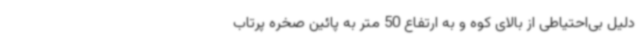
دلیل بی‌احتیاطی از بالای کوه و به ارتفاع 50 متر به پائین صخره پرتاب